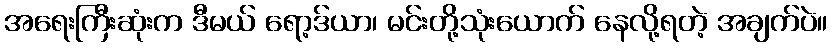
အရေးကြီးဆုံးက ဒီမယ် ရော့ဒ်ယာ၊ မင်းတို့သုံးယောက် နေလို့ရတဲ့ အချက်ပဲ။